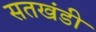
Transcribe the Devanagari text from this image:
सतखंडी